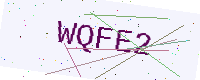
Text: WQFE2